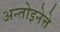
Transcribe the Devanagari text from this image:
अन्तोइनेत्ते